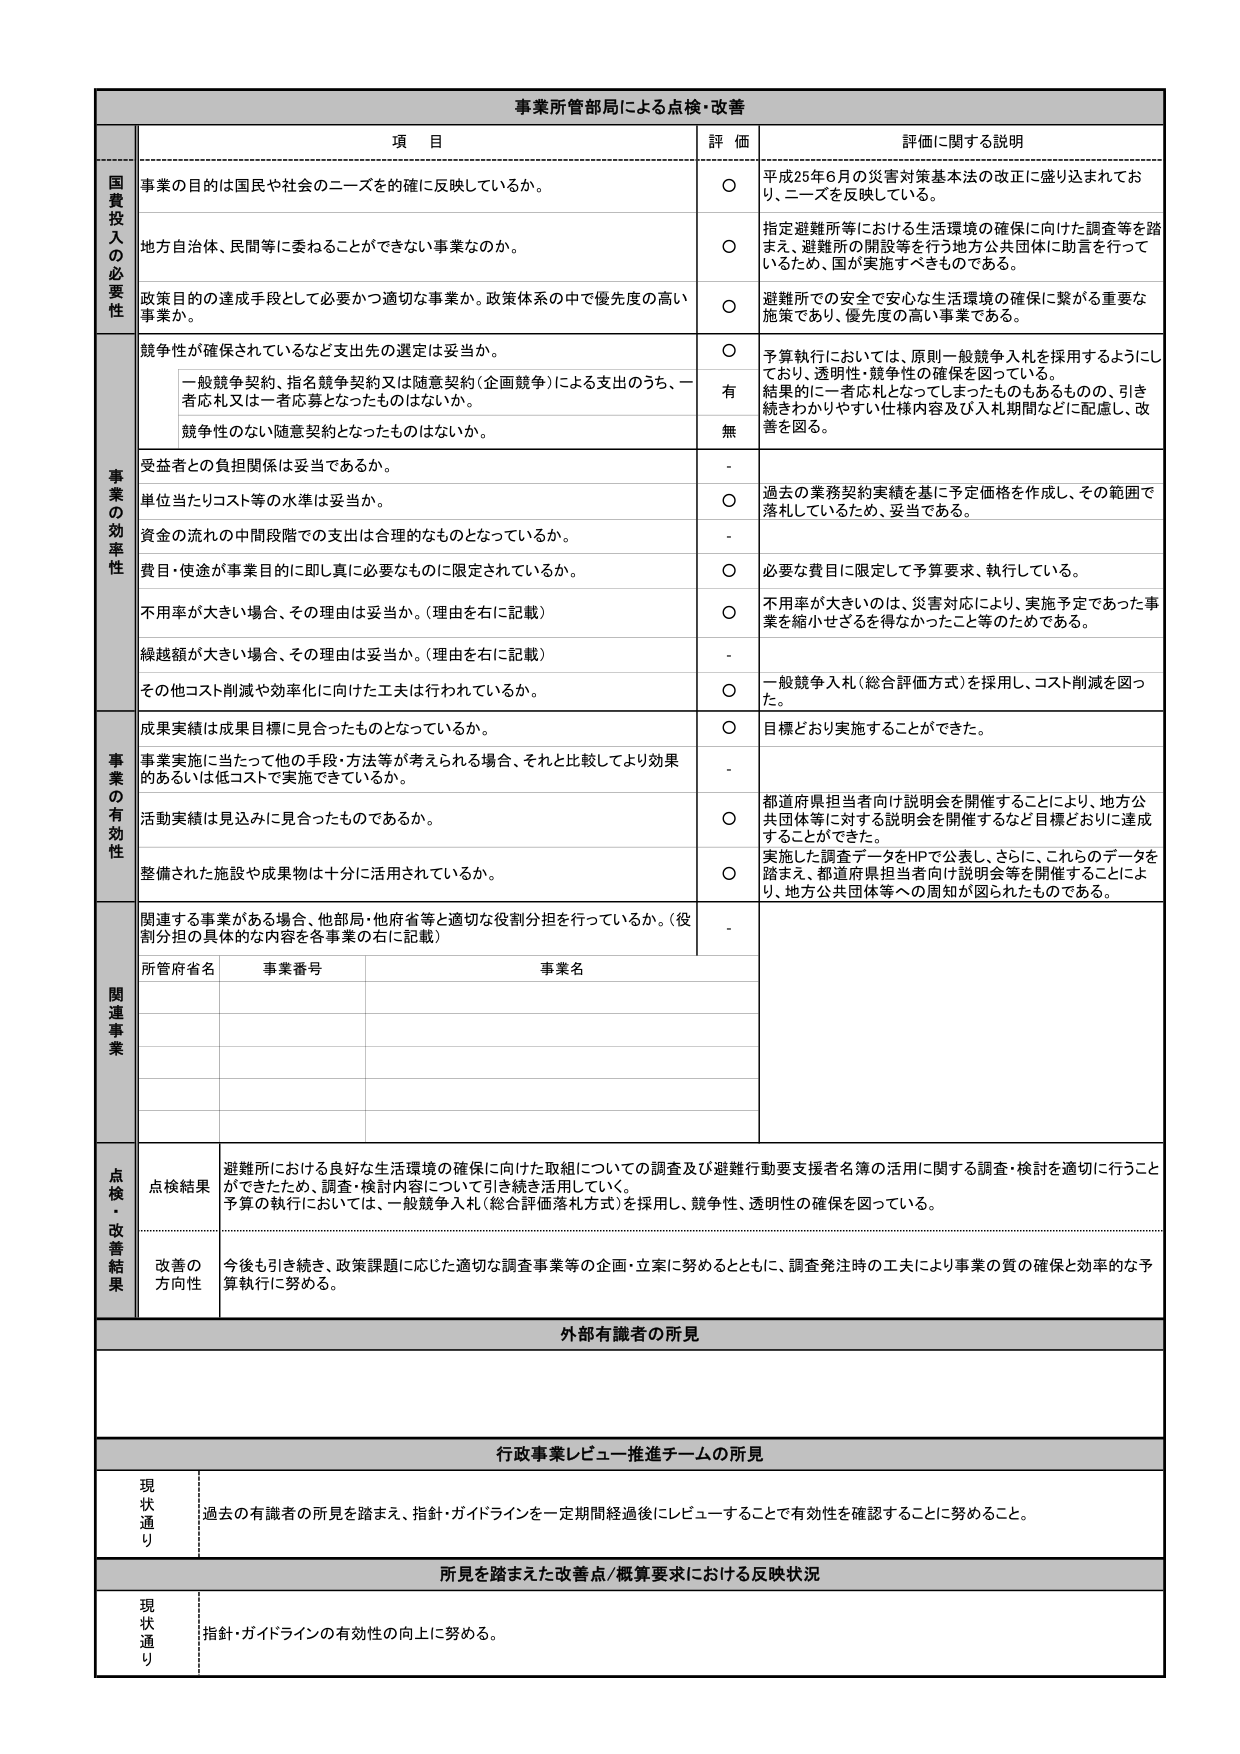
事業所管部局による点検・改善

項 目 評 価 評価に関する説明

国費投入の必要性
事業の目的は国民や社会のニーズを確に反映しているか。
○ 平成25年6月の災害対策基本法の改正に盛り込まれており、ニーズを反映している。
地方自治体、民間等に委ねることができない事業なのか。
○ 指定避難所等における生活環境の確保に向けた調査等を踏まえ、避難所の開設等を行う地方公共団体に助言を行っているため、国が実施すべきものである。
政策目的の達成手段として必要かつ適切な事業か。政策体系の中で優先度の高い事業か。
○ 避難所での安全で安心な生活環境の確保に繋がる重要な施策であり、優先度の高い事業である。

事業の効率性
競争性が確保されているなど支出先の選定は妥当か。
○ 予算執行においては、原則一般競争入札を採用するようにしており、透明性・競争性の確保を図っている。結果的に一者応札となってしまったものもあるものの、引き続きわかりやすい仕様内容及び入札期間などに配慮し、改善を図る。
一般競争契約、指名競争契約又は随意契約（企画競争）による支出のうち、一者応札又は一者応募となったものはないか。
有
競争性のない随意契約となったものはないか。
無
受益者との負担関係は妥当であるか。
-
単位当たりコスト等の水準は妥当か。
○ 過去の業務契約実績を基に予定価格を作成し、その範囲で落札しているため、妥当である。
資金の流れの中間段階での支出は合理的なものとなっているか。
-
費目・使途が事業目的に即し真に必要なものに限定されているか。
○ 必要な費目に限定して予算要求、執行している。
不用率が大きい場合、その理由は妥当か。（理由を右に記載）
○ 不用率が大きいのは、災害対応により、実施予定であった事業を縮小せざるを得なかったこと等のためである。
繰越額が大きい場合、その理由は妥当か。（理由を右に記載）
-
その他コスト削減や効率化に向けた工夫は行われているか。
○ 一般競争入札（総合評価方式）を採用し、コスト削減を図った。

事業の有効性
成果実績は成果目標に見合ったものとなっているか。
○ 目標どおり実施することができた。
事業実施に当たって他の手段・方法等が考えられる場合、それと比較してより効果的あるいは低コストで実施できているか。
-
活動実績は見込みに見合ったものであるか。
○ 都道府県担当者向け説明会を開催することにより、地方公共団体等に対する説明会を開催するなど目標どおりに達成することができた。
整備された施設や成果物は十分に活用されているか。
○ 実施した調査データをHPで公表し、さらに、これらのデータを踏まえ、都道府県担当者向け説明会等を開催することにより、地方公共団体等への周知が図られたものである。

関連事業
関連する事業がある場合、他部局・他府省等と適切な役割分担を行っているか。（役割分担の具体的な内容を各事業の右に記載）
-
所管府省名 事業番号 事業名

点検・改善結果
点検結果 避難所における良好な生活環境の確保に向けた取組についての調査及び避難行動要支援者名簿の活用に関する調査・検討を適切に行うことができたため、調査・検討内容について引き続き活用していく。予算の執行においては、一般競争入札（総合評価落札方式）を採用し、競争性、透明性の確保を図っている。
改善の方向性 今後も引き続き、政策課題に応じた適切な調査事業等の企画・立案に努めるとともに、調査発注時の工夫により事業の質の確保と効率的な予算執行に努める。

外部有識者の所見

行政事業レビュー推進チームの所見
現状通り 過去の有識者の所見を踏まえ、指針・ガイドラインを一定期間経過後にレビューすることで有効性を確認することに努めること。

所見を踏まえた改善点/概算要求における反映状況
現状通り 指針・ガイドラインの有効性の向上に努める。